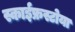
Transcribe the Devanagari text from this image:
स्काईफ्रस्टोया